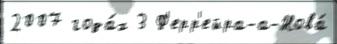
2007 года́х 3 Ф'ерр'ейра-а-Нова́